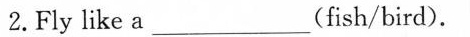
2.Fly like a_(fish/bird).